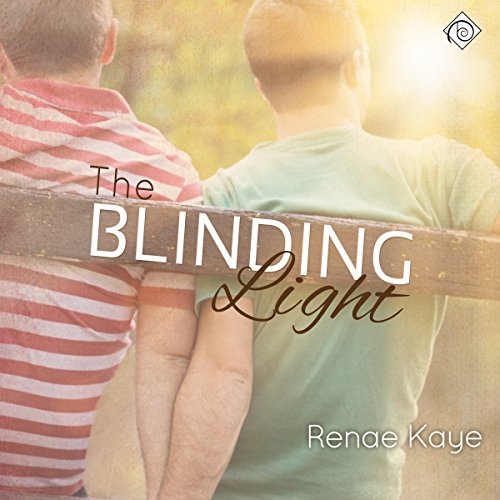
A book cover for The Blinding Light; Renae Kaye; Romance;